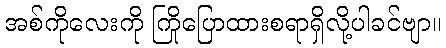
အစ်ကိုလေးကို ကြိုပြောထားစရာရှိလို့ပါခင်ဗျာ။